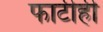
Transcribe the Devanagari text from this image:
फाटीही